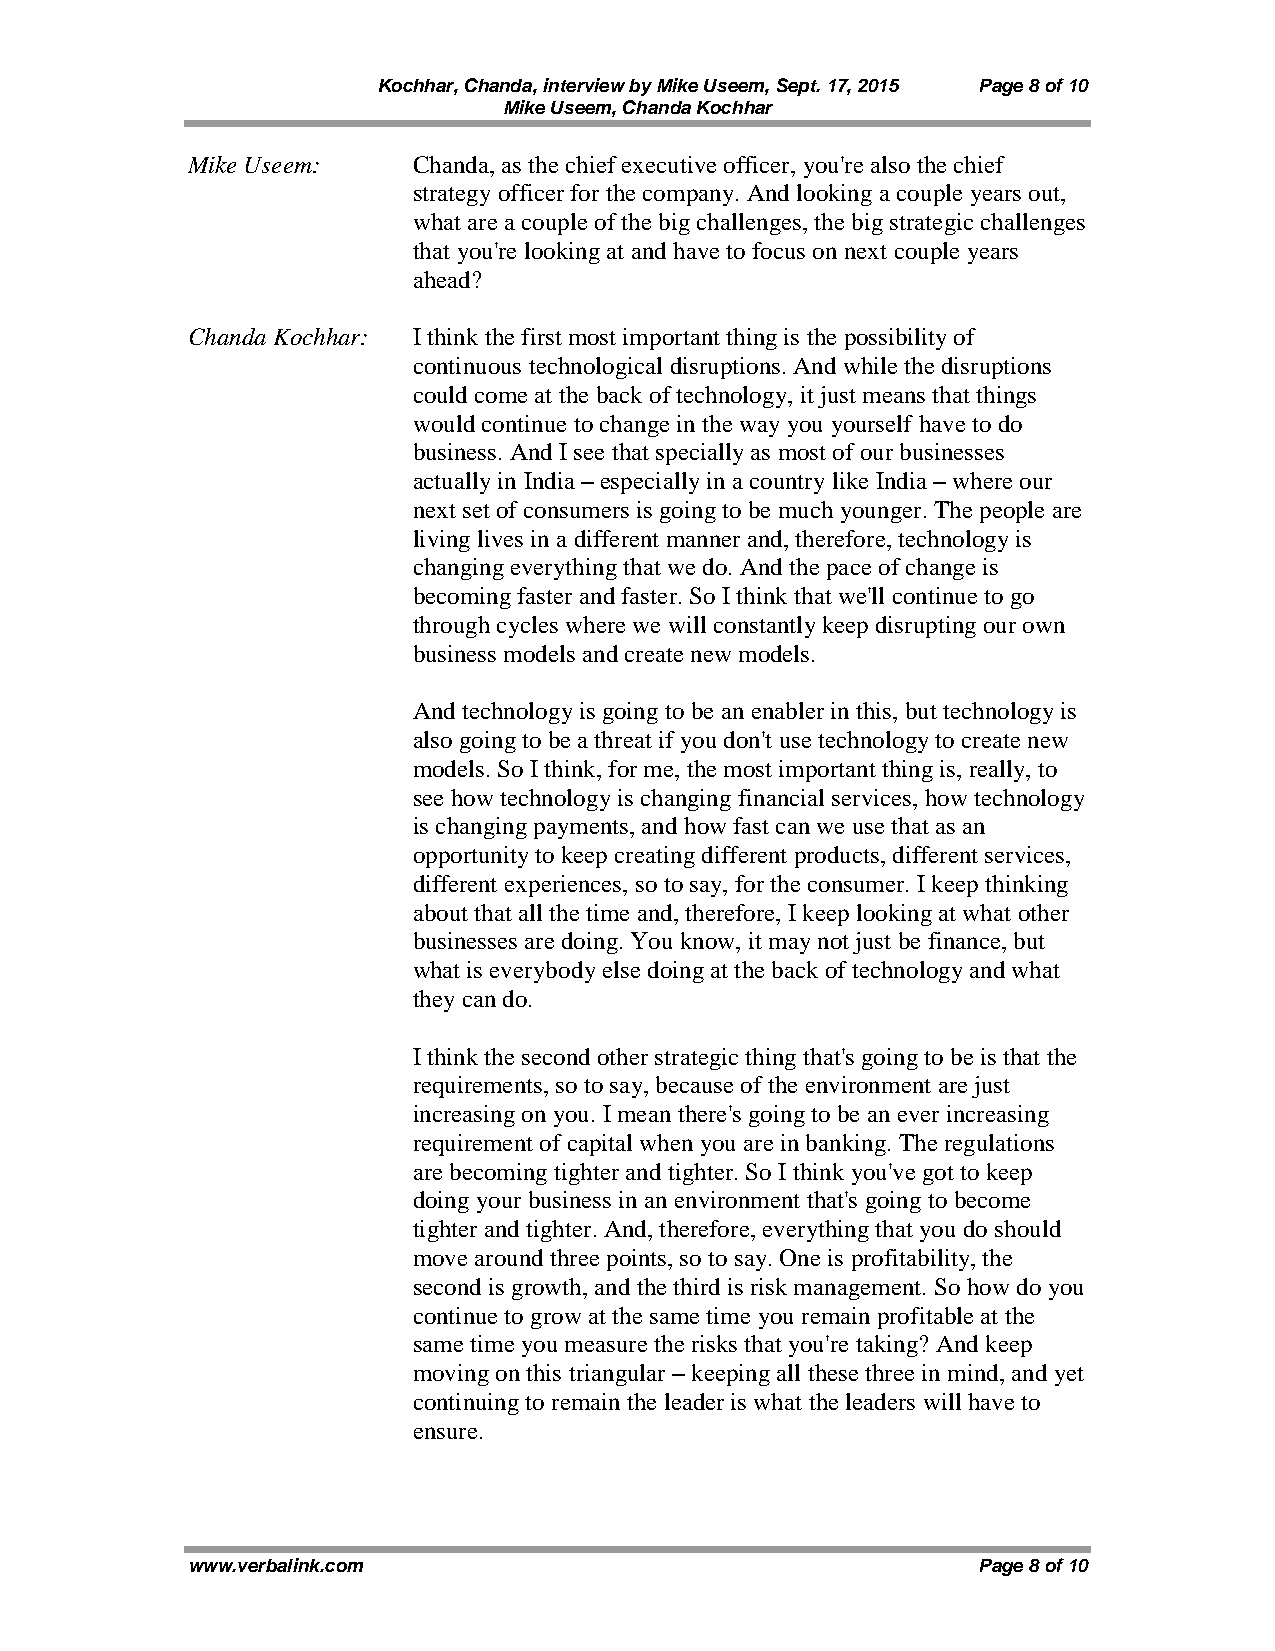
Kochhar, Chanda, interview by Mike Useem, Sept. 17, 2015 Page 8 of 10
 Mike Useem, Chanda Kochhar
 Mike Useem:    Chanda, as the chief executive officer, you're also the chief
 strategy officer for the company. And looking a couple years out,
 what are a couple of the big challenges, the big strategic challenges
 that you're looking at and have to focus on next couple years
 ahead?
 Chanda Kochhar: I think the first most important thing is the possibility of
 continuous technological disruptions. And while the disruptions
 could come at the back of technology, it just means that things
 would continue to change in the way you yourself have to do
 business. And I see that specially as most of our businesses
 actually in India – especially in a country like India – where our
 next set of consumers is going to be much younger. The people are
 living lives in a different manner and, therefore, technology is
 changing everything that we do. And the pace of change is
 becoming faster and faster. So I think that we'll continue to go
 through cycles where we will constantly keep disrupting our own
 business models and create new models.
 And technology is going to be an enabler in this, but technology is
 also going to be a threat if you don't use technology to create new
 models. So I think, for me, the most important thing is, really, to
 see how technology is changing financial services, how technology
 is changing payments, and how fast can we use that as an
 opportunity to keep creating different products, different services,
 different experiences, so to say, for the consumer. I keep thinking
 about that all the time and, therefore, I keep looking at what other
 businesses are doing. You know, it may not just be finance, but
 what is everybody else doing at the back of technology and what
 they can do.
 I think the second other strategic thing that's going to be is that the
 requirements, so to say, because of the environment are just
 increasing on you. I mean there's going to be an ever increasing
 requirement of capital when you are in banking. The regulations
 are becoming tighter and tighter. So I think you've got to keep
 doing your business in an environment that's going to become
 tighter and tighter. And, therefore, everything that you do should
 move around three points, so to say. One is profitability, the
 second is growth, and the third is risk management. So how do you
 continue to grow at the same time you remain profitable at the
 same time you measure the risks that you're taking? And keep
 moving on this triangular – keeping all these three in mind, and yet
 continuing to remain the leader is what the leaders will have to
 ensure.
 www.verbalink.com                                    Page 8 of 10